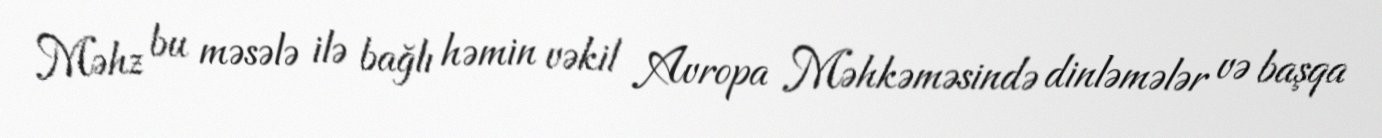
Məhz bu məsələ ilə bağlı həmin vəkil Avropa Məhkəməsində dinləmələr və başqa